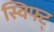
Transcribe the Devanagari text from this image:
स्विफ्ट्